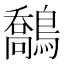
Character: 鷮